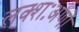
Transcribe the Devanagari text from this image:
लक्शःअणों